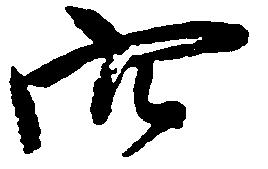
穴